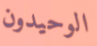
الوحيدون